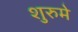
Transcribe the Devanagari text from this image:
शुरुमे